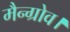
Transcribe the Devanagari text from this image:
मैन्ग्रोव।